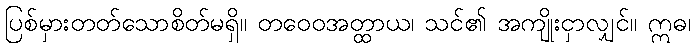
ပြစ်မှားတတ်သောစိတ်မရှိ။ တဝေဝအတ္ထာယ၊ သင်၏ အကျိုးငှာလျှင်။ ဣဓ၊